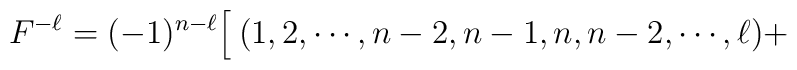
F^{ -\ell}=(-1)^{n-\ell}\Bigl [\> (1,2,\cdots ,n-2,n-1,n,n-2,\cdots ,\ell)+